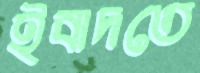
ইবাদতে